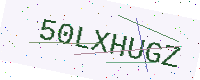
Text: 50LXHUGZ